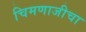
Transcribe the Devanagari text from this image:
चिमणाजीचा